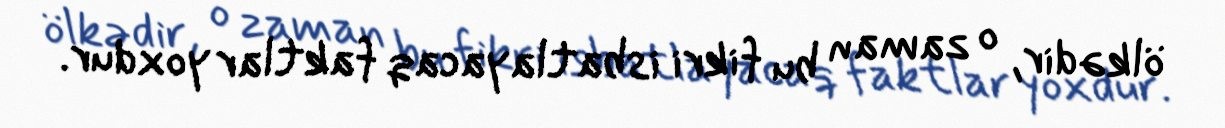
ölkədir, o zaman bu fikri isbatlayacaq faktlar yoxdur.